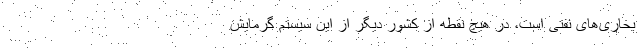
بخاری‌های نفتی است، در هیچ نقطه از کشور دیگر از این سیستم گرمایش